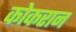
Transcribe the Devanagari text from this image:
कोकरान